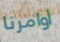
أوامرنا